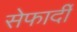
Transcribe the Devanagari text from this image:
सेफार्दी